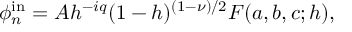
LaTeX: \phi _ { n } ^ { \mathrm { i n } } = A h ^ { - i q } ( 1 - h ) ^ { ( 1 - \nu ) / 2 } F ( a , b , c ; h ) ,